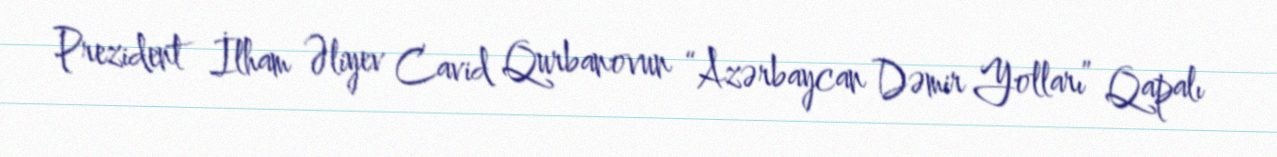
Prezident İlham Əliyev Cavid Qurbanovun “Azərbaycan Dəmir Yolları” Qapalı